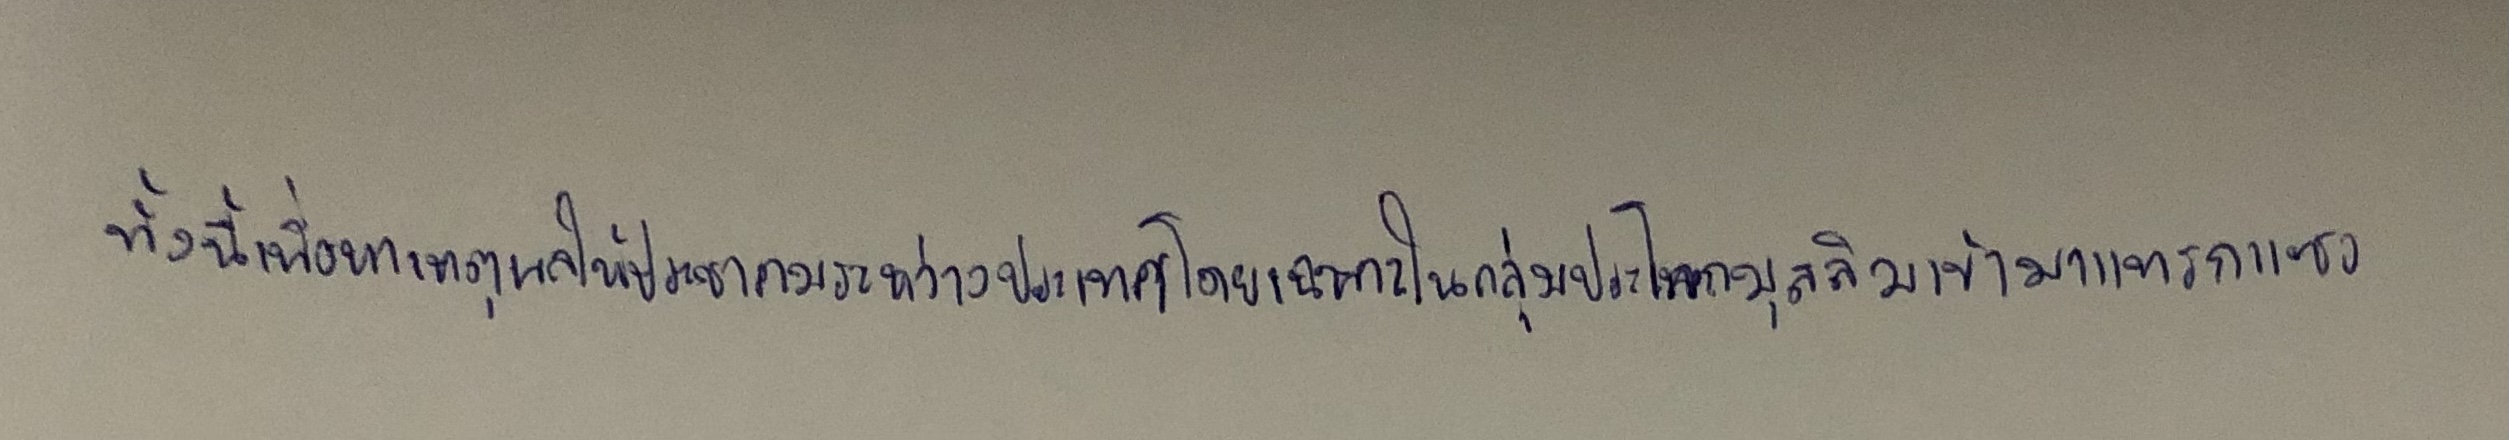
ทั้งนี้เพื่อหาเหตุผลให้ประชาคมระหว่างประเทศโดยเฉพาะในกลุ่มประเทศโลกมุสลิมเข้ามาแทรกแซง